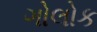
ગોલોક